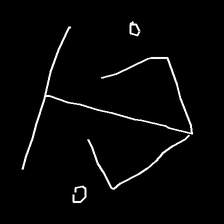
Glyph: earth